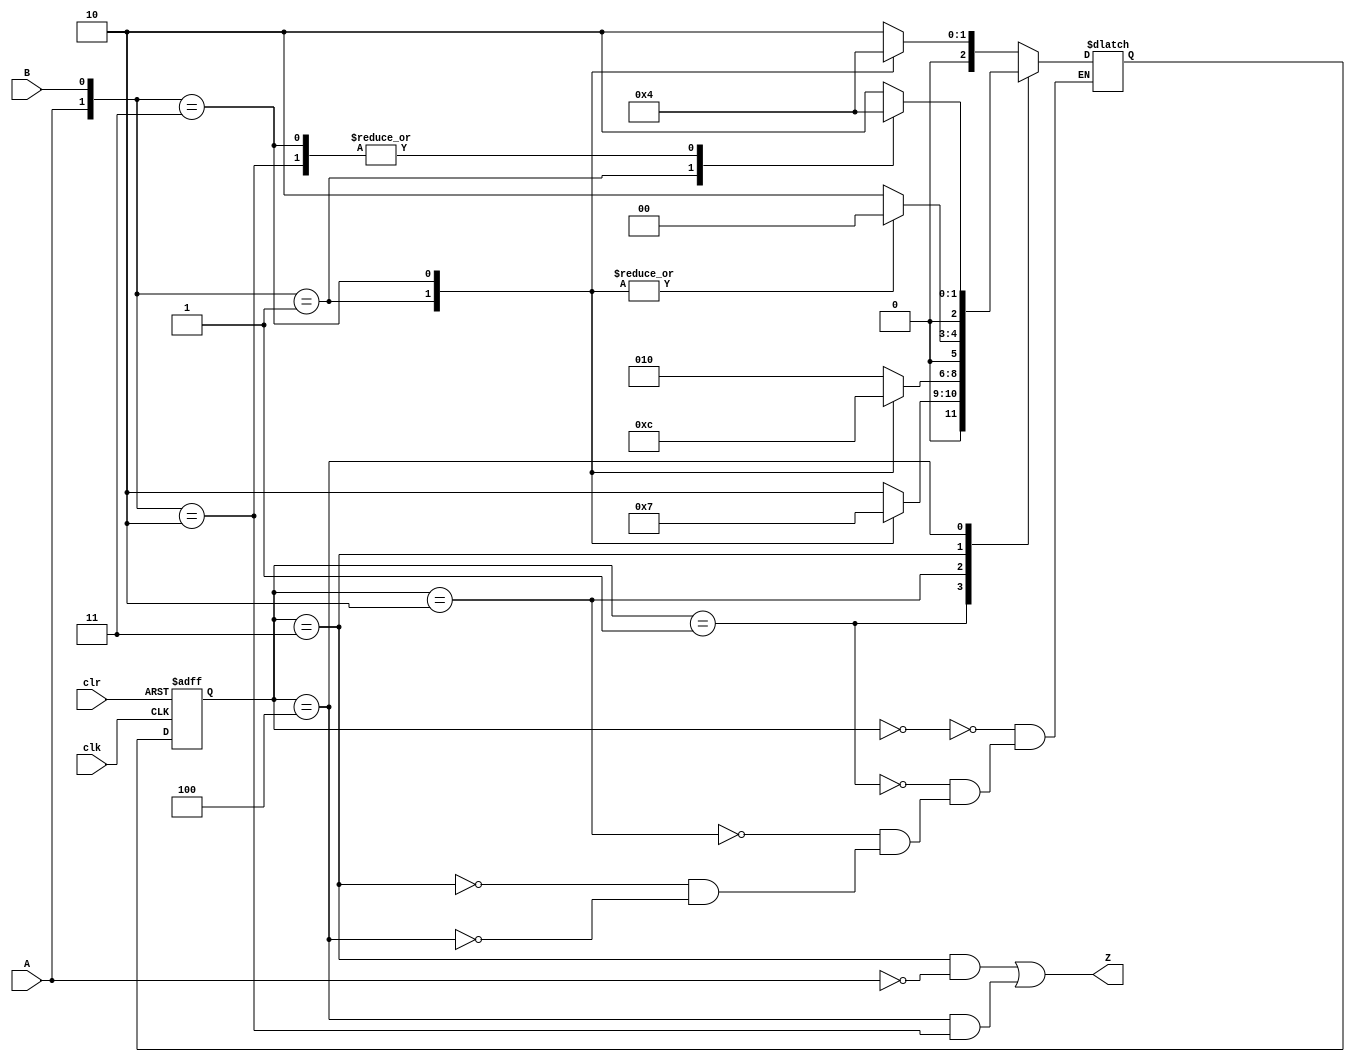
module seq_dect (
	input           clk         ,
	input           clr         ,
    input           A           ,
    input           B           ,
	output reg      Z            
);
parameter   IDLE        = 3'd0  ,
            DETECT_01   = 3'd1  ,
            DETECT_X0   = 3'd2  ,
            DETECT_0111 = 3'd3  ,
            DETECT_011  = 3'd4  ;
reg [2:0]   state_cur, 
            state_next;
always @(posedge clk or negedge clr) begin
	if (~clr)   state_cur <= IDLE;
	else        state_cur <= state_next;
end
always@(*) begin
	case (state_cur)
		IDLE        :   case ({A,B})
                    2'b00: state_next = DETECT_X0    ;
                    2'b01: state_next = DETECT_01    ;  
                    2'b10: state_next = DETECT_X0    ;  
                    2'b11: state_next = IDLE         ;
                    endcase    
		DETECT_01   :   case ({A,B})
                    2'b00: state_next = DETECT_X0    ;                    
                    2'b01: state_next = DETECT_01    ;
                    2'b10: state_next = DETECT_X0    ;
                    2'b11: state_next = DETECT_0111  ;
                    endcase
        DETECT_X0   :   case ({A,B})
                    2'b00: state_next = DETECT_X0    ;
                    2'b01: state_next = DETECT_01    ;
                    2'b10: state_next = DETECT_X0    ;
                    2'b11: state_next = DETECT_011   ;
                    endcase
        DETECT_0111 :   case ({A,B})
                    2'b00: state_next = DETECT_X0    ;
                    2'b01: state_next = IDLE         ;
                    2'b10: state_next = DETECT_X0    ;
                    2'b11: state_next = IDLE         ;
                    endcase
        DETECT_011  :  case ({A,B})
                    2'b00: state_next = DETECT_X0    ;
                    2'b01: state_next = DETECT_01    ;
                    2'b10: state_next = IDLE         ;
                    2'b11: state_next = IDLE         ;
                    endcase
    endcase
end
always @(*) begin
    Z = state_cur == DETECT_0111 &&  A    == 1'b0  ||
        state_cur == DETECT_011  && {A,B} == 2'b10 ;
end
endmodule